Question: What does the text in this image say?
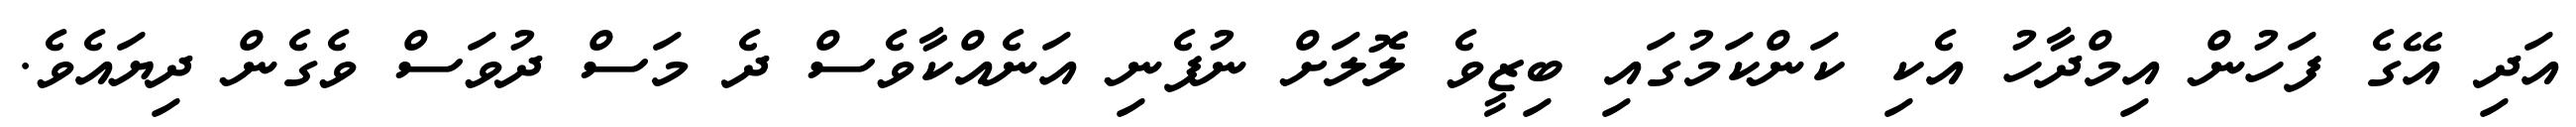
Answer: އަދި އޭގެ ފަހުން އިމްދާހު އެކި ކަންކަމުގައި ބިޒީވެ ލޮލަށް ނުފެނި އަނެއްކާވެސް ދެ މަސް ދުވަސް ވެގެން ދިޔައެވެ.